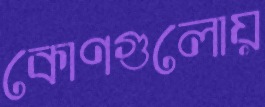
কোণগুলোয়